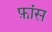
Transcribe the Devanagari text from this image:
फ़ांस